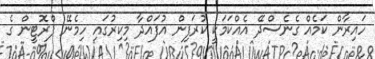
ހައިރާން ކަމެއް ގެނެސްދޭ އެއްކަމަކީ ކުރަފިން އުފައްދާ މިކިރުގައި ހިމެނޭ ޕްރޮޓީން ގެ